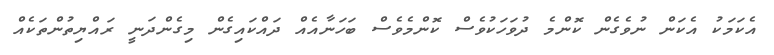
އެކަމަކު އެކަން ނުވެގެން ކޮންމެ ދުވަހަކުވެސް ކޮންމެވެސް ބަހަނާއެއް ދައްކައިގެން މިގެންދަނީ ރައްޔިތުންތަކެއް